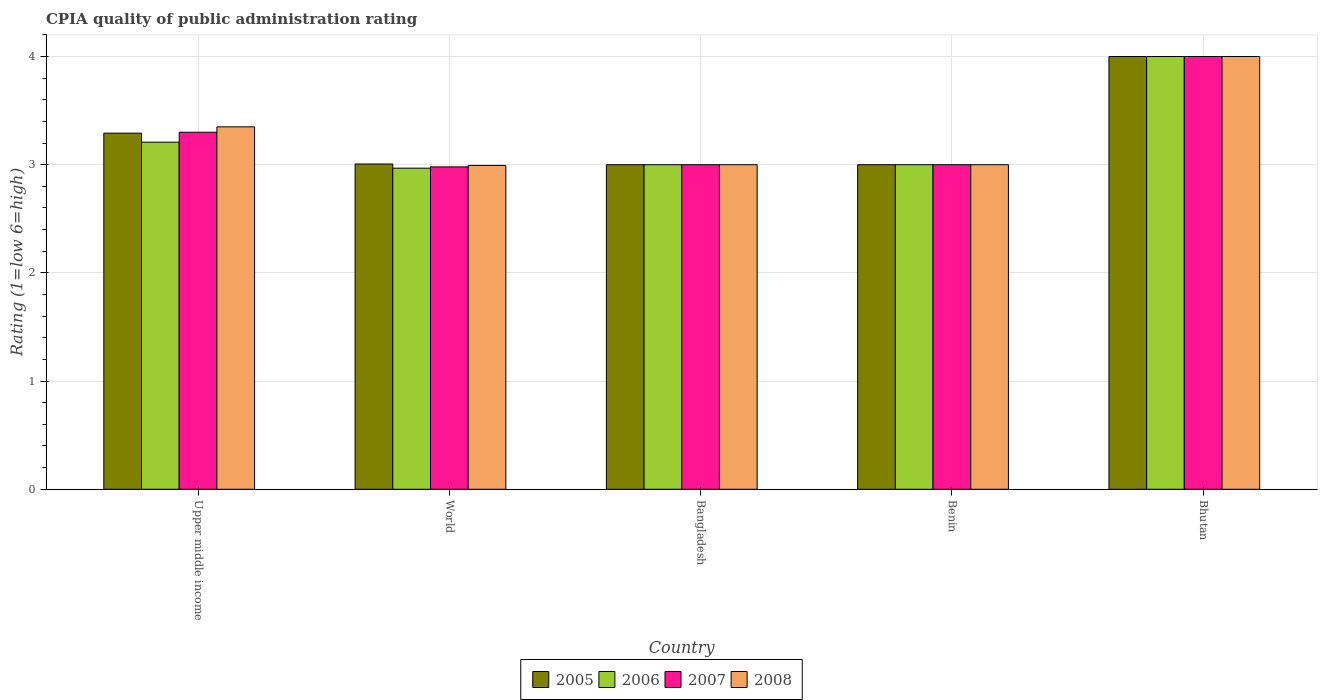
| Country | 2005 | 2006 | 2007 | 2008 |
 | --- | --- | --- | --- | --- |
 | Upper middle income | 3.29 | 3.21 | 3.3 | 3.35 |
 | World | 3.01 | 2.97 | 2.98 | 2.99 |
 | Bangladesh | 3 | 3 | 3 | 3 |
 | Benin | 3 | 3 | 3 | 3 |
 | Bhutan | 4 | 4 | 4 | 4 |